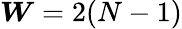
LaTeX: \boldsymbol{W}=2(N-1)